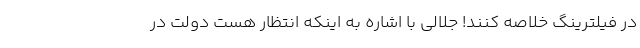
در فیلترینگ خلاصه کنند! جلالی با اشاره به اینکه انتظار هست دولت در